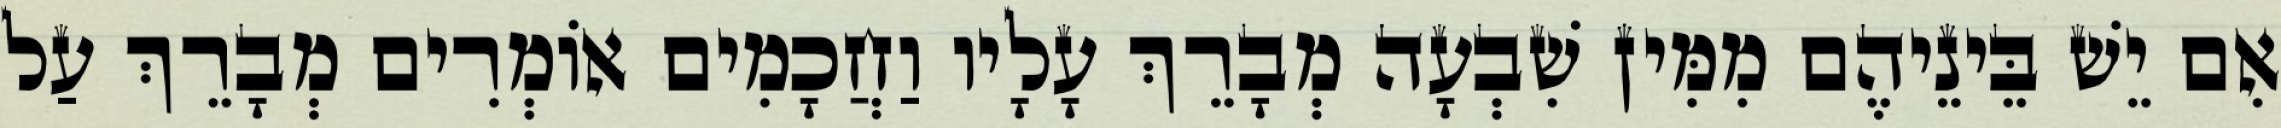
אִם יֵשׁ בֵּינֵיהֶם מִמִּין שִׁבְעָה מְבָרֵךְ עָלָיו וַחֲכָמִים אוֹמְרִים מְבָרֵךְ עַל